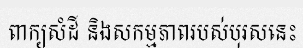
ពាក្យសំដី និងសកម្មភាពរបស់បុរសនេះ